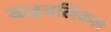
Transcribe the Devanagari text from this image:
बाइबलिकल